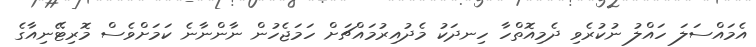
އެމައްސަލަ ހައްލު ނުކުރެވި ދެމިއޮތްހާ ހިނދަކު މެދުއިރުމައްޗަށް ހަމަޖެހުން ނާންނާނެ ކަމަށްވެސް މޮރިޓޭނިއާގެ